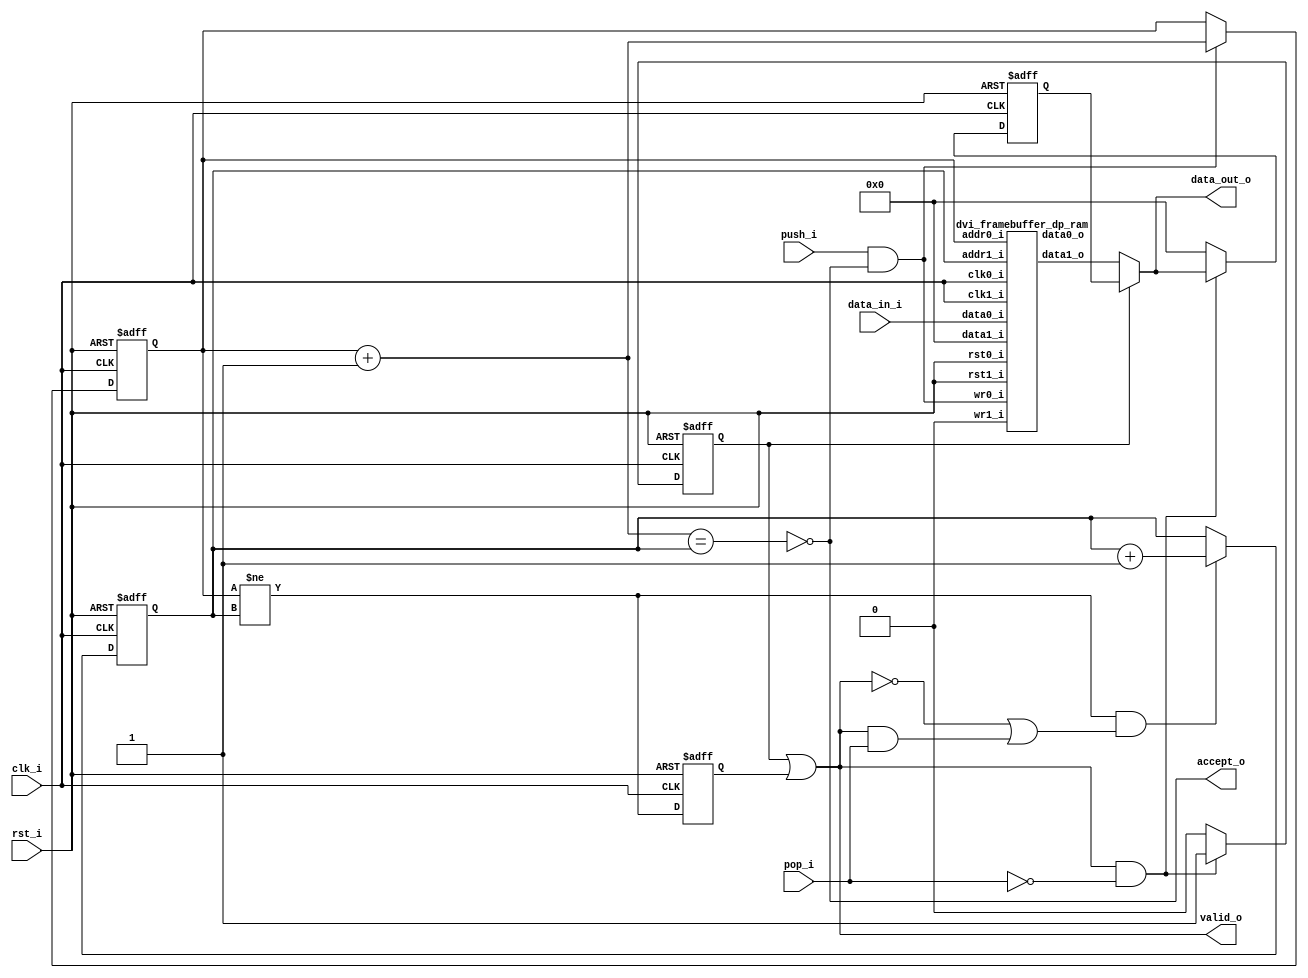
//-----------------------------------------------------------------
//                      DVI / HDMI Framebuffer
//                              V0.1
//                     github.com/ultraembedded
//                          Copyright 2020
//
//
//                       License: MIT
//-----------------------------------------------------------------
// Copyright (c) 2020 github.com/ultraembedded
// 
// Permission is hereby granted, free of charge, to any person obtaining a copy
// of this software and associated documentation files (the "Software"), to deal
// in the Software without restriction, including without limitation the rights
// to use, copy, modify, merge, publish, distribute, sublicense, and/or sell
// copies of the Software, and to permit persons to whom the Software is
// furnished to do so, subject to the following conditions:
// 
// The above copyright notice and this permission notice shall be included in all
// copies or substantial portions of the Software.
// 
// THE SOFTWARE IS PROVIDED "AS IS", WITHOUT WARRANTY OF ANY KIND, EXPRESS OR
// IMPLIED, INCLUDING BUT NOT LIMITED TO THE WARRANTIES OF MERCHANTABILITY,
// FITNESS FOR A PARTICULAR PURPOSE AND NONINFRINGEMENT. IN NO EVENT SHALL THE
// AUTHORS OR COPYRIGHT HOLDERS BE LIABLE FOR ANY CLAIM, DAMAGES OR OTHER
// LIABILITY, WHETHER IN AN ACTION OF CONTRACT, TORT OR OTHERWISE, ARISING FROM,
// OUT OF OR IN CONNECTION WITH THE SOFTWARE OR THE USE OR OTHER DEALINGS IN THE
// SOFTWARE.
//-----------------------------------------------------------------
module dvi_framebuffer_fifo
(
    // Inputs
     input           clk_i
    ,input           rst_i
    ,input  [ 31:0]  data_in_i
    ,input           push_i
    ,input           pop_i

    // Outputs
    ,output [ 31:0]  data_out_o
    ,output          accept_o
    ,output          valid_o
);

//-----------------------------------------------------------------
// Registers
//-----------------------------------------------------------------
reg [9:0]   rd_ptr_q;
reg [9:0]   wr_ptr_q;

//-----------------------------------------------------------------
// Write Side
//-----------------------------------------------------------------
wire [9:0] write_next_w = wr_ptr_q + 10'd1;

wire full_w = (write_next_w == rd_ptr_q);

always @ (posedge clk_i or posedge rst_i)
if (rst_i)
    wr_ptr_q <= 10'b0;
// Push
else if (push_i & !full_w)
    wr_ptr_q <= write_next_w;

//-----------------------------------------------------------------
// Read Side
//-----------------------------------------------------------------
wire read_ok_w = (wr_ptr_q != rd_ptr_q);
reg  rd_q;

always @ (posedge clk_i or posedge rst_i)
if (rst_i)
    rd_q <= 1'b0;
else
    rd_q <= read_ok_w;

always @ (posedge clk_i or posedge rst_i)
if (rst_i)
    rd_ptr_q     <= 10'b0;
// Read address increment
else if (read_ok_w && ((!valid_o) || (valid_o && pop_i)))
    rd_ptr_q <= rd_ptr_q + 10'd1;

//-------------------------------------------------------------------
// Read Skid Buffer
//-------------------------------------------------------------------
reg        rd_skid_q;
reg [31:0] rd_skid_data_q;

always @ (posedge clk_i or posedge rst_i)
if (rst_i)
begin
    rd_skid_q <= 1'b0;
    rd_skid_data_q <= 32'b0;
end
else if (valid_o && !pop_i)
begin
    rd_skid_q      <= 1'b1;
    rd_skid_data_q <= data_out_o;
end
else
begin
    rd_skid_q      <= 1'b0;
    rd_skid_data_q <= 32'b0;
end

//-------------------------------------------------------------------
// Combinatorial
//-------------------------------------------------------------------
assign valid_o       = rd_skid_q | rd_q;
assign accept_o      = !full_w;

//-------------------------------------------------------------------
// Dual port RAM
//-------------------------------------------------------------------
wire [31:0] data_out_w;

dvi_framebuffer_dp_ram
u_ram
(
    // Inputs
    .clk0_i(clk_i),
    .rst0_i(rst_i),
    .clk1_i(clk_i),
    .rst1_i(rst_i),

    // Write side
    .addr0_i(wr_ptr_q),
    .wr0_i(push_i & accept_o),
    .data0_i(data_in_i),
    .data0_o(),

    // Read side
    .addr1_i(rd_ptr_q),
    .data1_i(32'b0),
    .wr1_i(1'b0),
    .data1_o(data_out_w)
);

assign data_out_o = rd_skid_q ? rd_skid_data_q : data_out_w;

endmodule

//-------------------------------------------------------------------
// Dual port RAM
//-------------------------------------------------------------------
module dvi_framebuffer_dp_ram
(
    // Inputs
     input           clk0_i
    ,input           rst0_i
    ,input  [ 9:0]   addr0_i
    ,input  [ 31:0]  data0_i
    ,input           wr0_i
    ,input           clk1_i
    ,input           rst1_i
    ,input  [ 9:0]   addr1_i
    ,input  [ 31:0]  data1_i
    ,input           wr1_i

    // Outputs
    ,output [ 31:0]  data0_o
    ,output [ 31:0]  data1_o
);

/* verilator lint_off MULTIDRIVEN */
reg [31:0]   ram [1023:0] /*verilator public*/;
/* verilator lint_on MULTIDRIVEN */

reg [31:0] ram_read0_q;
reg [31:0] ram_read1_q;

// Synchronous write
always @ (posedge clk0_i)
begin
    if (wr0_i)
        ram[addr0_i] <= data0_i;

    ram_read0_q <= ram[addr0_i];
end

always @ (posedge clk1_i)
begin
    if (wr1_i)
        ram[addr1_i] <= data1_i;

    ram_read1_q <= ram[addr1_i];
end

assign data0_o = ram_read0_q;
assign data1_o = ram_read1_q;

endmodule